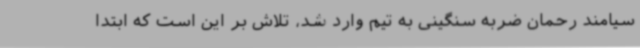
سیامند رحمان ضربه سنگینی به تیم وارد شد، تلاش بر این است که ابتدا